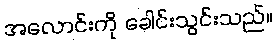
အလောင်းကို ခေါင်းသွင်းသည်။